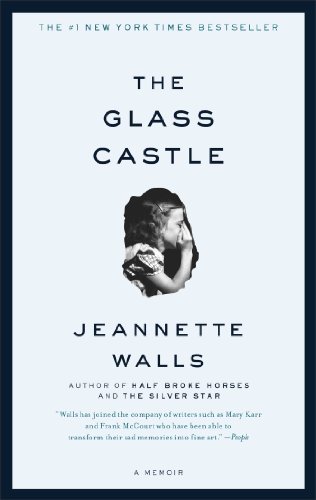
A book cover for The Glass Castle: A Memoir; Jeannette Walls; Parenting & Relationships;